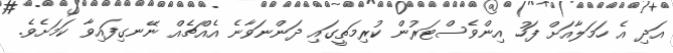
އަދި އެ ހަމަލާއަށް ފަހު އިންވެސްޓަރުން ކުރިމަތީގައި ދަންނަވާނެ އެއްޗެއް ނޭނގިފައިވާ ކަމަށެވެ.